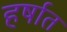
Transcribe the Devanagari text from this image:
हर्षात